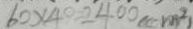
6 0 \times 4 0 = 2 4 0 0 ( c m ^ { 2 } )